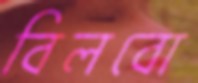
বিলবো